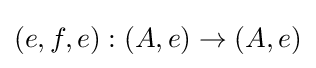
(e,f,e):(A,e)\rightarrow (A,e)